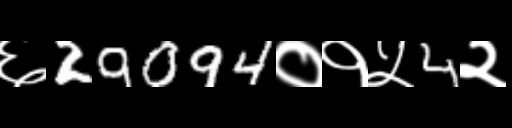
Text: ६29094०१५4२